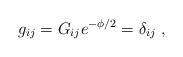
LaTeX: \begin{align*}g_{ij} = G_{ij} e^{-\phi/2} = \delta_{ij}\ ,\end{align*}